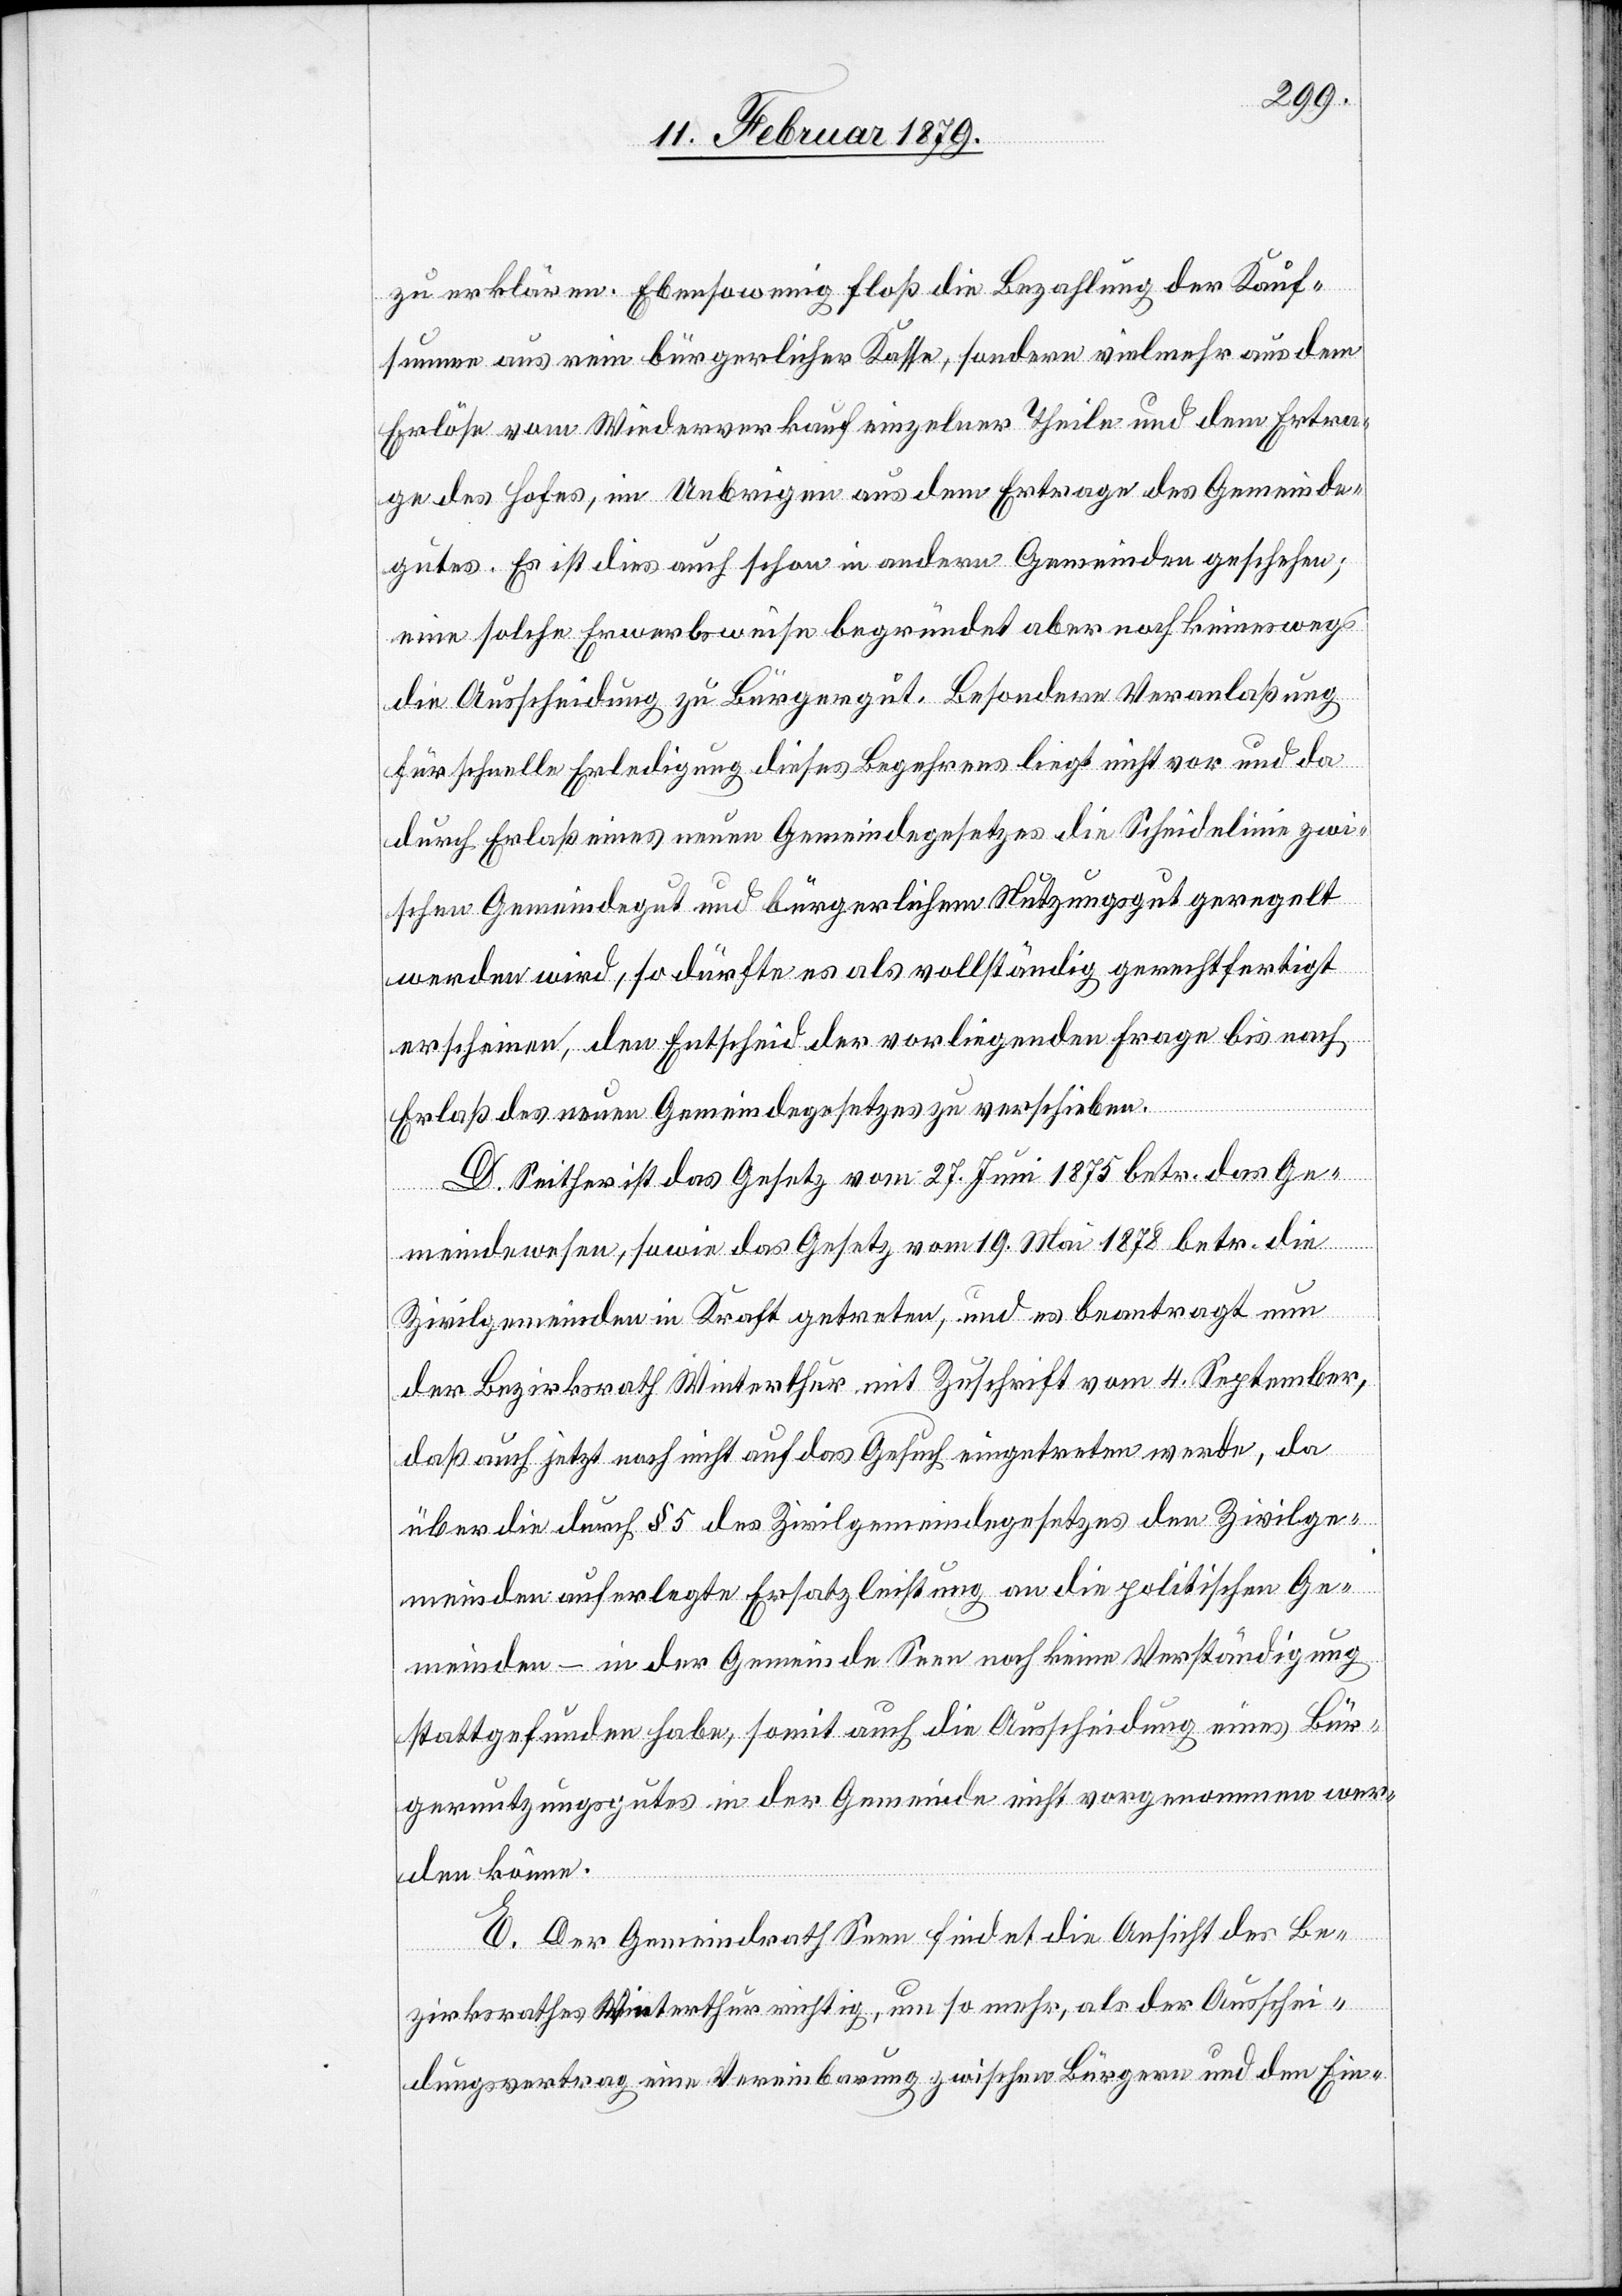
zu erklären. Ebensowenig floß die Bezahlung der Kauf¬
summe aus rein bürgerlicher Kasse, sondern vielmehr aus dem
Erlöse vom Wiederverkauf einzelner Theile und dem Ertra¬
ge des Hofes, im Uebrigen aus dem Ertrage des Gemeinde¬
gutes. Es ist dies auch schon in andern Gemeinden geschehen;
eine solche Erwerbsweise begründet aber noch keineswegs
die Ausscheidung zu Bürgergut. Besondere Veranlaßung
für schnelle Erledigung dieses Begehrens liegt nicht vor und da
durch Erlaß eines neuen Gemeindegesetzes die Scheidelinie zwi¬
schen Gemeindegut und bürgerlichem Nutzungsgut geregelt
werden wird, so dürfte es als vollständig gerechtfertigt
erscheinen, den Entscheid der vorliegenden Frage bis nach
Erlaß des neuen Gemeindegesetzes zu verschieben.
D. Seither ist das Gesetz vom 27. Juni 1875 betr. das Ge¬
meindewesen, sowie das Gesetz vom 19. Mai 1878 betr. die
Zivilgemeinden in Kraft getreten, und es beantragt nun
der Bezirksrath Winterthur mit Zuschrift vom 4. September,
daß auch jetzt noch nicht auf das Gesuch eingetreten werde, da
über die durch § 5 des Zivilgemeindegesetzes den Zivilge¬
meinden auferlegte Ersatzleistung an die politischen Ge¬
meinden – in der Gemeinde Seen noch keine Verständigung
stattgefunden habe, somit auch die Ausscheidung eines Bür¬
gernutzungsgutes in der Gemeinde nicht vorweggenommen wer¬
den könne.
E. Der Gemeindrath Seen findet die Ansicht des Be¬
zirksrathes Winterthur richtig, um so mehr, als der Ausschei¬
dungsvertrag eine Vereinbarung zwischen Bürgern und den Ein-